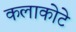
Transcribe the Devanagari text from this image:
कलाकोटे